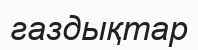
газдықтар